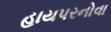
હાયપરનોવા